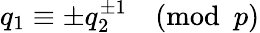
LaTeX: q_{1}\equiv\pm q_{2}^{\pm 1}{\pmod{p}}